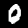
Digit: 0